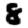
Digit: 8